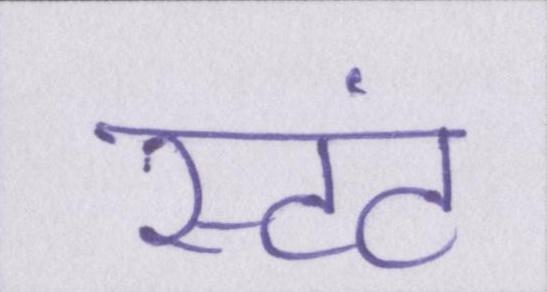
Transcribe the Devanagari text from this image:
स्टंट